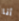
أنا